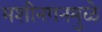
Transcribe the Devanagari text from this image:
मशीनगनमुळे